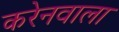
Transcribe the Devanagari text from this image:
करेनवाला